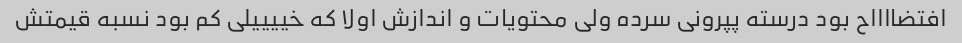
افتضااااح بود درسته پپرونی سرده ولی محتویات و اندازش اولا که خییییلی کم بود نسبه قیمتش